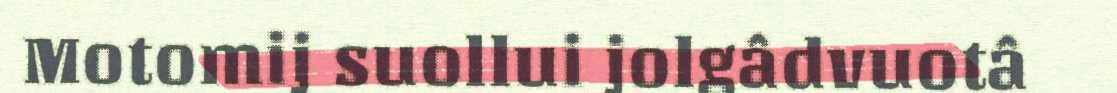
Motomij suollui jolgâdvuotâ